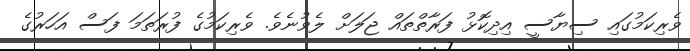
ވެރިކަމުގައި ސިޔާސީ އިދިކޮޅު ފަރާތްތައް ޖަލަށް ލެވުނެވެ. ވެރިކަމުގެ ފުރަތަމަ ފަސް އަހަރުގެ